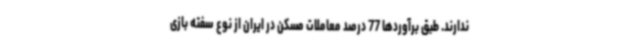
ندارند. طبق برآوردها 77 درصد معاملات مسکن در ایران از نوع سفته بازی